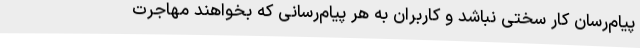
پیام‌رسان‌ کار سختی نباشد و کاربران به هر پیام‌رسانی که بخواهند مهاجرت